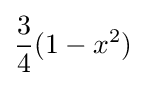
{\frac {3}{4}}(1-x^{2})